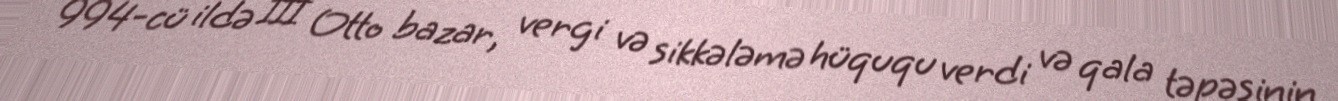
994-cü ildə III Otto bazar, vergi və sikkələmə hüququ verdi və qala təpəsinin